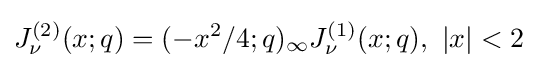
J_{\nu }^{(2)}(x;q)=(-x^{2}/4;q)_{\infty }J_{\nu }^{(1)}(x;q),\ |x|<2